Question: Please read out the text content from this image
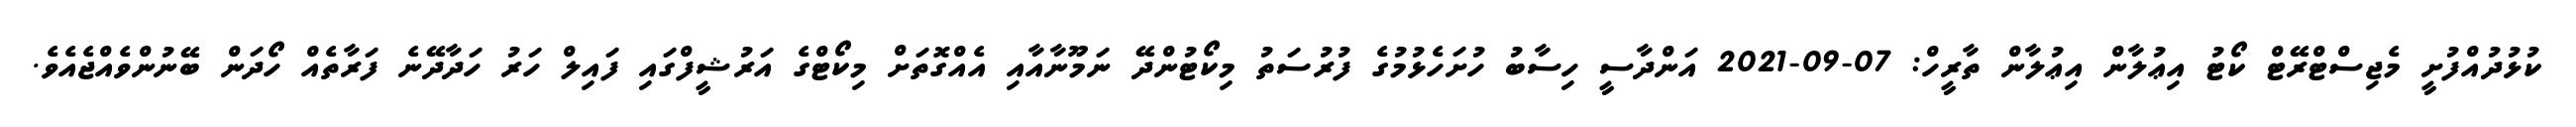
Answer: ކުޅުދުއްފުށީ މެޖިސްޓްރޭޓް ކޯޓު އިޢުލާން އިޢުލާން ތާރީހް: 07-09-2021 އަންދާސީ ހިސާބު ހުށަހެޅުމުގެ ފުރުސަތު މިކޯޓުންދޭ ނަމޫނާއާއި އެއްގޮތަށް މިކޯޓްގެ އަރުޝީފްގައި ފައިލް ހަރު ހަދާދޭނެ ފަރާތެއް ހޯދަން ބޭނުންވެއްޖެއެވެ.